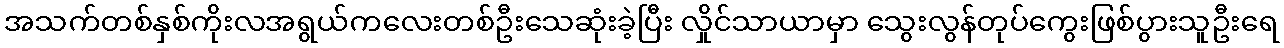
အသက်တစ်နှစ်ကိုးလအရွယ်ကလေးတစ်ဦးသေဆုံးခဲ့ပြီး လှိုင်သာယာမှာ သွေးလွန်တုပ်ကွေးဖြစ်ပွားသူဦးရေ